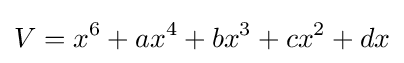
V=x^{6}+ax^{4}+bx^{3}+cx^{2}+dx